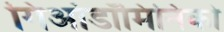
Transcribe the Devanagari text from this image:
गिआंडॉमिनिको